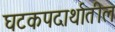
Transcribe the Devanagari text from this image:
घटकपदार्थातील